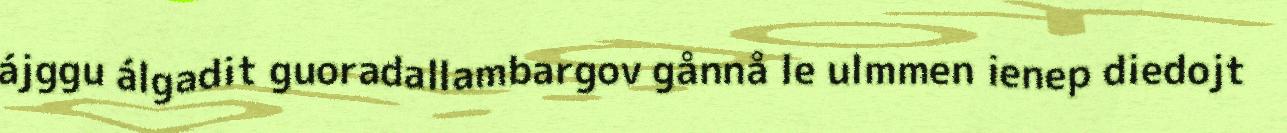
ájggu álgadit guoradallambargov gånnå le ulmmen ienep diedojt